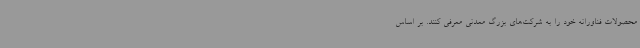
محصولات فناورانه خود را به شرکت‌های بزرگ معدنی معرفی کنند. بر اساس